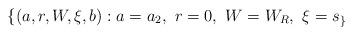
LaTeX: \begin{align*} \{(a,r,W,\xi,b): a=a_2, \ r=0, \ W=W_R, \ \xi=s_ \}\end{align*}